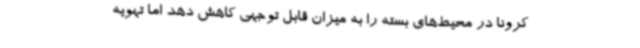
کرونا در محیط‌های بسته را به میزان قابل توجهی کاهش دهد اما تهویه